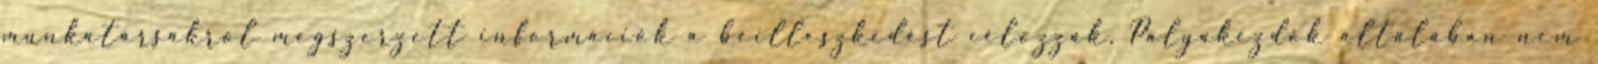
munkatársakról megszerzett információk a beilleszkedést célozzák. Pályakezdők általában nem